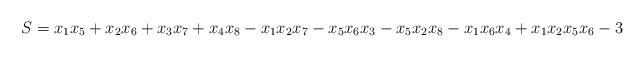
LaTeX: \begin{align*}S=x_1x_5+x_2x_6+x_3x_7+x_4x_8-x_1x_2x_7-x_5x_6x_3-x_5x_2x_8-x_1x_6x_4+x_1x_2x_5x_6-3 \end{align*}